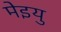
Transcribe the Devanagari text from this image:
मेइयु